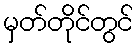
မှတ်တိုင်တွင်